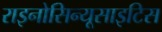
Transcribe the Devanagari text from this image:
राइनोसिन्यूसाइटिस